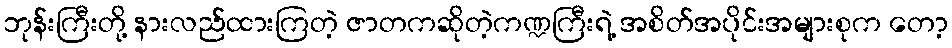
ဘုန်းကြီးတို့ နားလည်ထားကြတဲ့ ဇာတကဆိုတဲ့ကဏ္ဍကြီးရဲ့ အစိတ်အပိုင်းအများစုက တော့